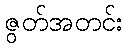
ဇွတ်အတင်း